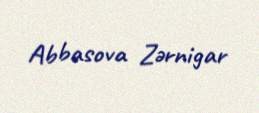
Abbasova Zərnigar